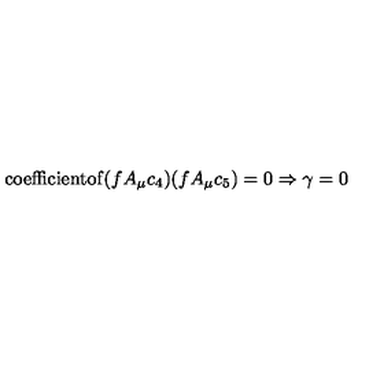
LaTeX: \mathrm { c o e f f i c i e n t o f } ( f A _ { \mu } c _ { 4 } ) ( f A _ { \mu } c _ { 5 } ) = 0 \Rightarrow \gamma = 0